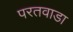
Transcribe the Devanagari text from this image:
परतवाडा